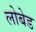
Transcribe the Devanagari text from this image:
लोबेड